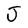
Character: J